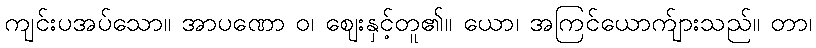
ကျင်းပအပ်သော။ အာပဏော ဝ၊ ဈေးနှင့်တူ၏။ ယော၊ အကြင်ယောက်ျားသည်။ တာ၊